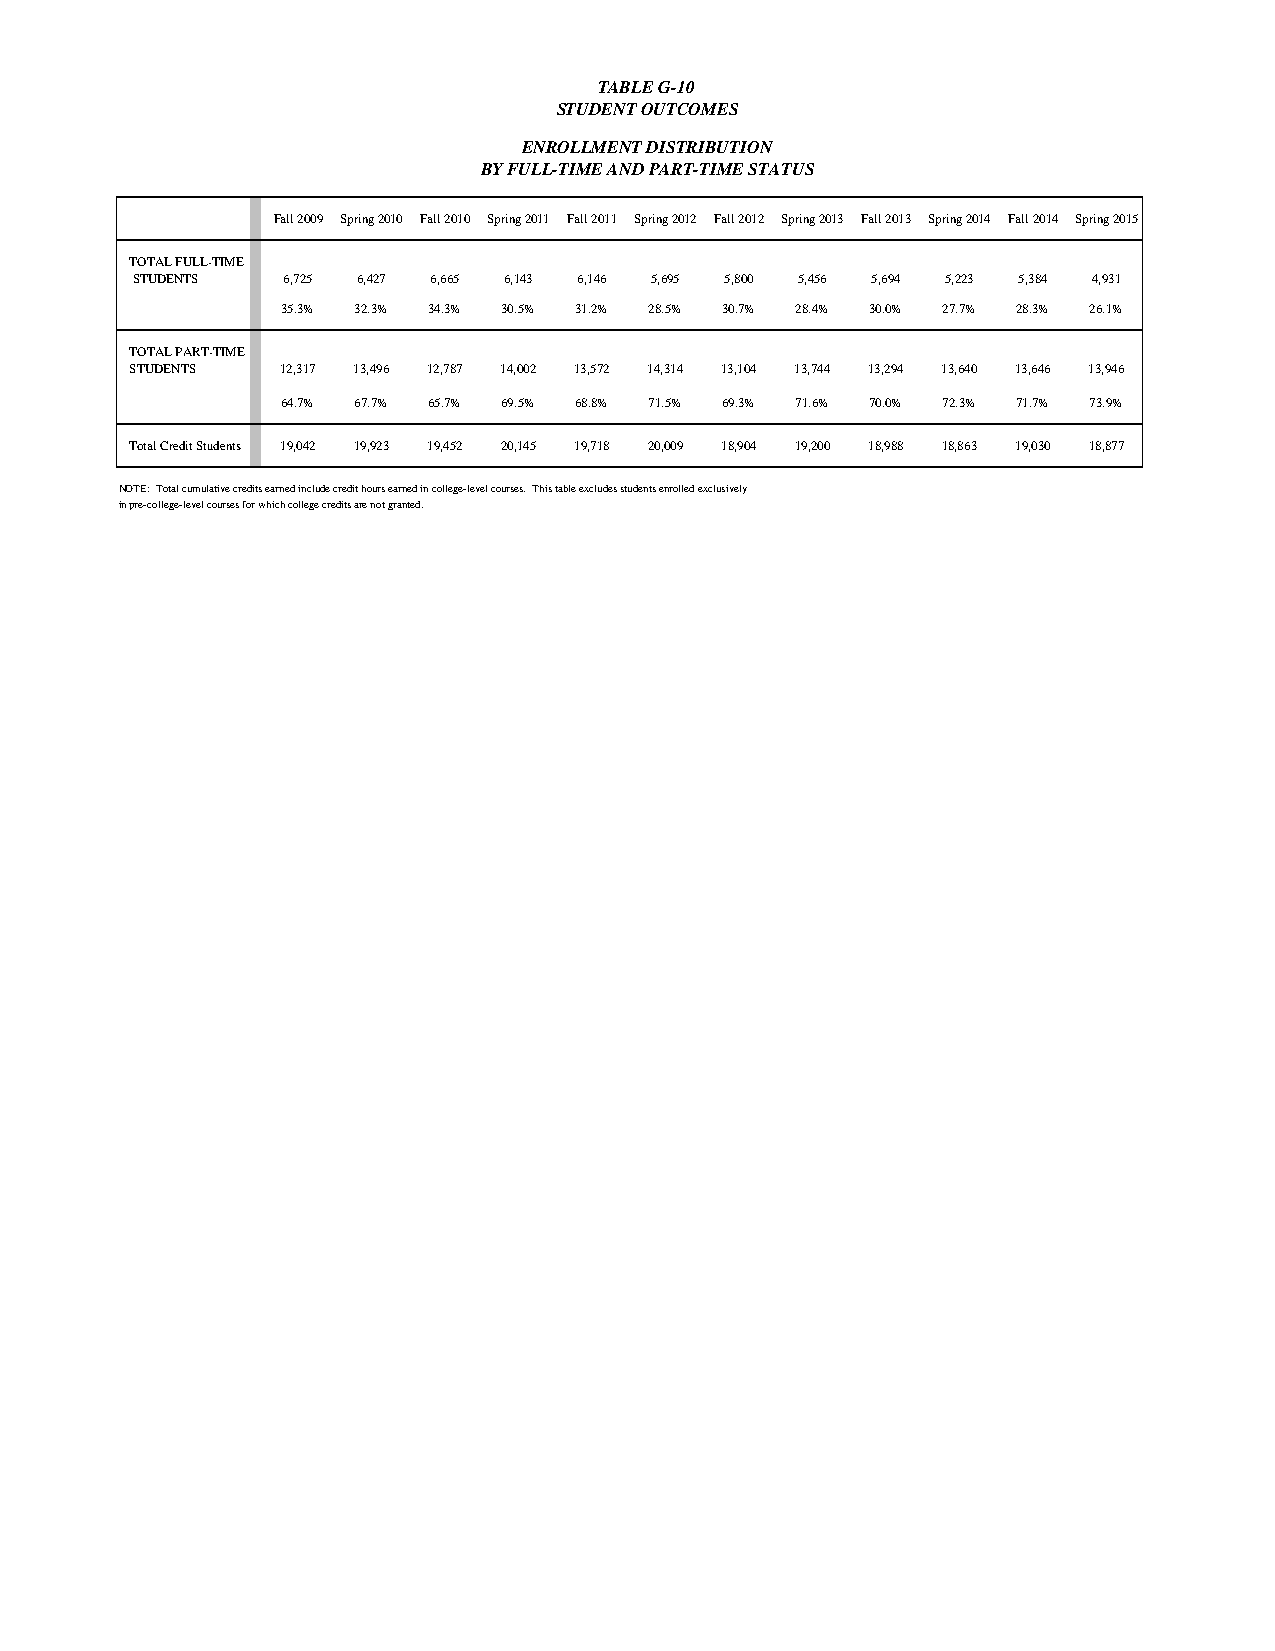
TABLE G-10
 STUDENT OUTCOMES
 ENROLLMENT DISTRIBUTION
 BY FULL-TIME AND PART-TIME STATUS
 Fall 2009 Spring 2010 Fall 2010 Spring 2011 Fall 2011 Spring 2012 Fall 2012 Spring 2013 Fall 2013 Spring 2014 Fall 2014 Spring 2015
 TOTAL FULL-TIME
 STUDENTS  6,725 6,427 6,665 6,143 6,146 5,695 5,800 5,456 5,694 5,223 5,384 4,931
 35.3% 32.3% 34.3% 30.5% 31.2% 28.5% 30.7% 28.4% 30.0% 27.7% 28.3% 26.1%
 TOTAL PART-TIME
 STUDENTS  12,317 13,496 12,787 14,002 13,572 14,314 13,104 13,744 13,294 13,640 13,646 13,946
 64.7% 67.7% 65.7% 69.5% 68.8% 71.5% 69.3% 71.6% 70.0% 72.3% 71.7% 73.9%
 Total Credit Students 19,042 19,923 19,452 20,145 19,718 20,009 18,904 19,200 18,988 18,863 19,030 18,877
 NOTE: Total cumulative credits earned include credit hours earned in college-level courses. This table excludes students enrolled exclusively
 in pre-college-level courses for which college credits are not granted.